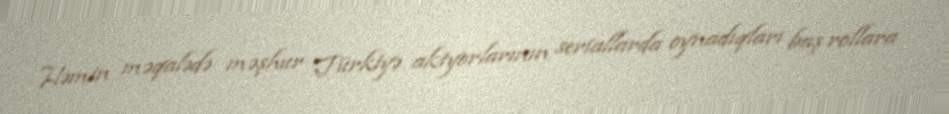
Həmin məqalədə məşhur Türkiyə aktyorlarının seriallarda oynadıqları baş rollara